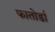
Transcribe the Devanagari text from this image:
फातोर्डा